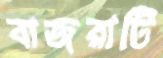
বাজরাটি